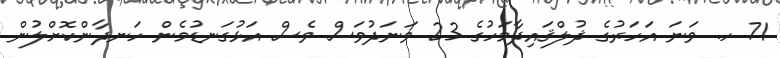
71 ހ. ވަނަ އަހަރުގެ ޛުލްޤައިދާމަހުގެ 23 ވަނަދުވަސް ވެސް އަޅުގަނޑުމެން ހަނދާންކޮށްލުން